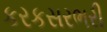
કરકસરભરી